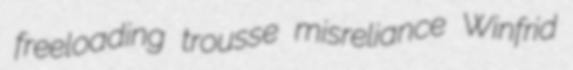
freeloading trousse misreliance Winfrid